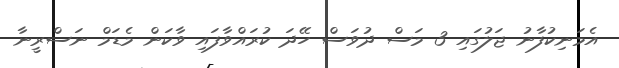
އެމަނިކުފާނު ޖަލުގައި 3 މަސް ދުވަސް ހޭދަ ކުރައްވާފައި ވާކަން މެޑަމް ނަސްރީނާ